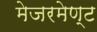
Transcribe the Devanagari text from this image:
मेजरमेण्ट